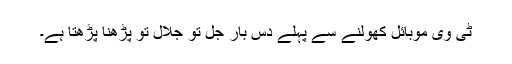
ٹی وی موبائل کھولنے سے پہلے دس بار جل تو جلال تو پڑھنا پڑھتا ہے۔